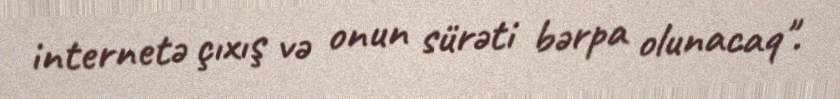
internetə çıxış və onun sürəti bərpa olunacaq".